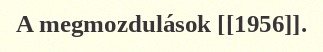
A megmozdulások [[1956]].